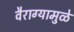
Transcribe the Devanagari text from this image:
वैराग्यामुळे